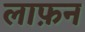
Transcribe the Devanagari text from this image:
लाफ़न